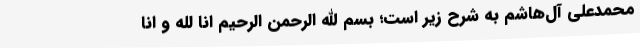
محمدعلی آل‌هاشم به شرح زیر است؛ بسم الله الرحمن الرحیم انا لله و انا